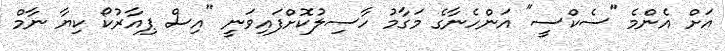
އަށް އެންމެ "ސެކްސީ" އަންހެނާގެ މަގާމު ހާސިލުކޮށްފައިވަނީ "އިސް ޕިއާރުކޯ ކިޔާ ނާމް